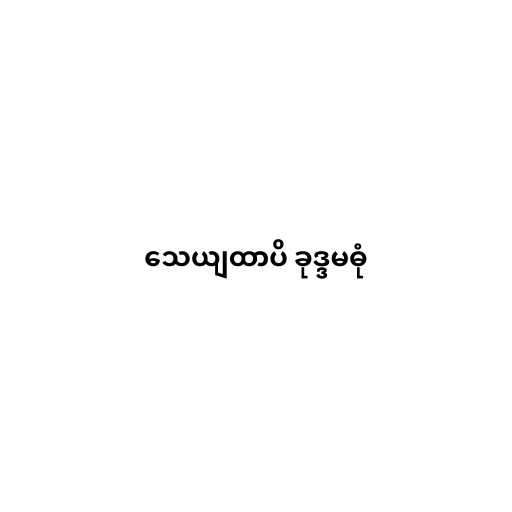
သေယျထာပိ ခုဒ္ဒမဓုံ